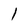
Character: 1